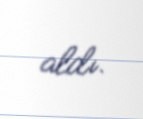
aldı.